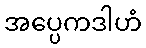
အပ္ပေကဒါဟံ